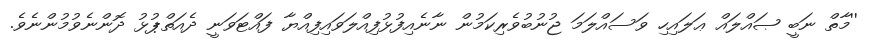
''މާތް ނަބީ ޞައްލައް ޢަލައިހި ވަސައްލަމަ ޖުނުބުވެރިކަމުން ނާނެއިފުޅުފިއްލަވައިފިއްޔާ ފައްޓަވަނީ ދެއަތްޕުޅު ދޮންނެވުމުންނެވެ.